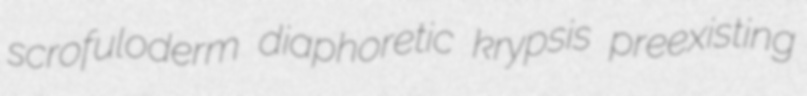
scrofuloderm diaphoretic krypsis preexisting